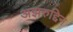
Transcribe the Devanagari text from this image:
अझरुद्दिन